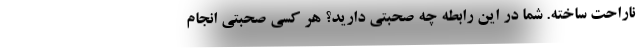
ناراحت ساخته. شما در این رابطه چه صحبتی دارید؟ هر کسی صحبتی انجام